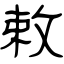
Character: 敕